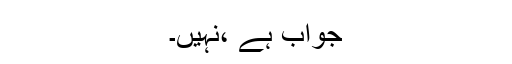
جواب ہے ،نہیں۔